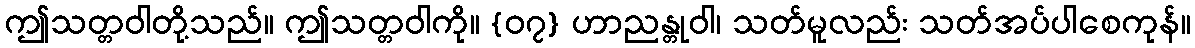
ဤသတ္တဝါတို့သည်။ ဤသတ္တဝါကို။ {၀၇} ဟာညန္တုဝါ၊ သတ်မူလည်း သတ်အပ်ပါစေကုန်။